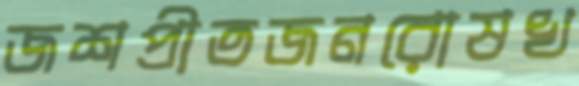
জশপ্রীতজনরোষখ